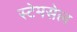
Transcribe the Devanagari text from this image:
स्टेमसेल